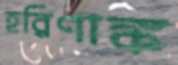
হরিণাঙ্ক